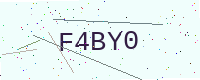
Text: F4BY0